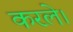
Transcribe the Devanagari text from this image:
करले।